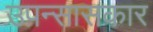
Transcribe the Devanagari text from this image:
उपन्सासकार